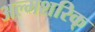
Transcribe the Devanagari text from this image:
अल्मशरिक्